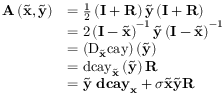
\begin{array} { r l } { \mathbf { A } \left( \tilde { \mathbf { x } } , \tilde { \mathbf { y } } \right) } & { = \frac { 1 } { 2 } \left( \mathbf { I } + \mathbf { R } \right) \tilde { \mathbf { y } } \left( \mathbf { I } + \mathbf { R } \right) } \\ & { = 2 \left( \mathbf { I } - \tilde { \mathbf { x } } \right) ^ { - 1 } \tilde { \mathbf { y } } \left( \mathbf { I } - \tilde { \mathbf { x } } \right) ^ { - 1 } } \\ & { = \left( \mathrm { D } _ { \tilde { \mathbf { x } } } \mathrm { c a y } \right) \left( \tilde { \mathbf { y } } \right) } \\ & { = \mathrm { d c a y } _ { \tilde { \mathbf { x } } } \left( \tilde { \mathbf { y } } \right) \mathbf { R } } \\ & { = \tilde { \mathbf { y } } ~ \mathbf { d c a y } _ { \mathbf { x } } + \sigma \tilde { \mathbf { x } } \tilde { \mathbf { y } } \mathbf { R } } \end{array}